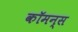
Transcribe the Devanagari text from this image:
कॉमन्‍स